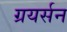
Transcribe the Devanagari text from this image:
ग्रयर्सन